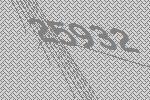
25932